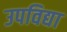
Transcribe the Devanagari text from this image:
उपविद्या